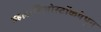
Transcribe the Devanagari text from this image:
व्हलाडिओस्टॉकयेथून